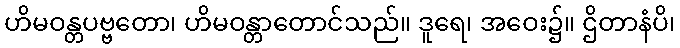
ဟိမဝန္တပဗ္ဗတော၊ ဟိမဝန္တာတောင်သည်။ ဒူရေ၊ အဝေး၌။ ဌိတာနံပိ၊